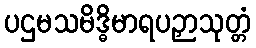
ပဌမသမိဒ္ဓိမာရပဉှာသုတ္တံ